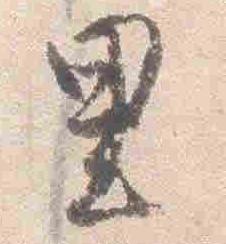
里